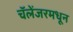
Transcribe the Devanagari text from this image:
चॅलेंजरमधून